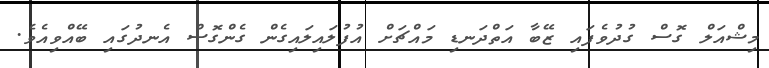
މިޝްއަލް ގޮސް ގުދުވެފައި ޒޭބާ އަތްދަނޑި މައްޗަށް އުފުލައިލައިގެން ގެންގޮސް އެނދުގައި ބޭއްވިއެވެ.